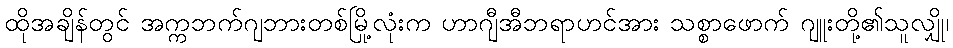
ထိုအချိန်တွင် အက္ကဘက်ဂျဘားတစ်မြို့လုံးက ဟာဂျီအီဘရာဟင်အား သစ္စာဖောက် ဂျူးတို့၏သူလျှို၊